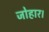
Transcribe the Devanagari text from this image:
जोहार।